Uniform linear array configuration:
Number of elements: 64
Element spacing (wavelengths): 0.75
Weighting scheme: binomial
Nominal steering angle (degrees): -30
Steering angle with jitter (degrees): -28.808
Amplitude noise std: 0.05
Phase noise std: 0.05

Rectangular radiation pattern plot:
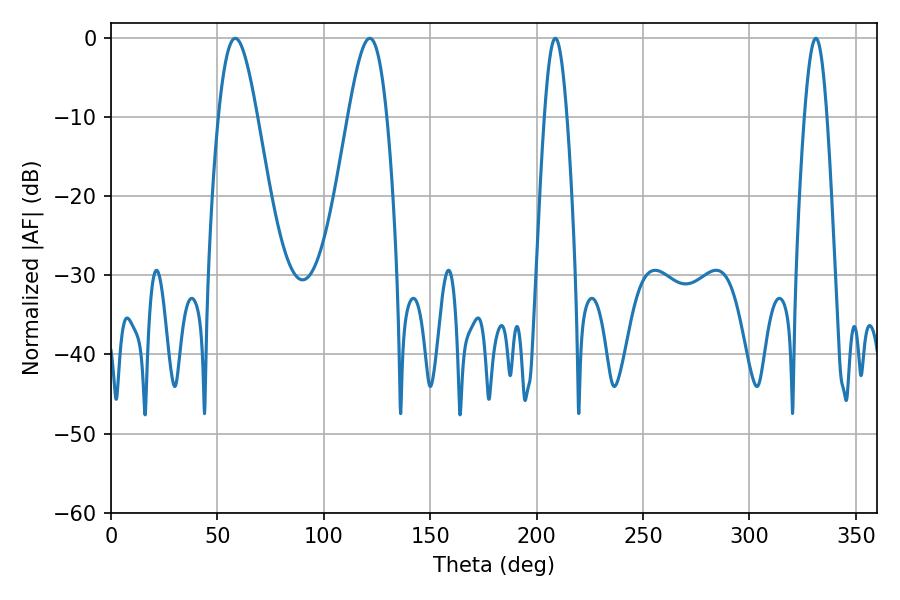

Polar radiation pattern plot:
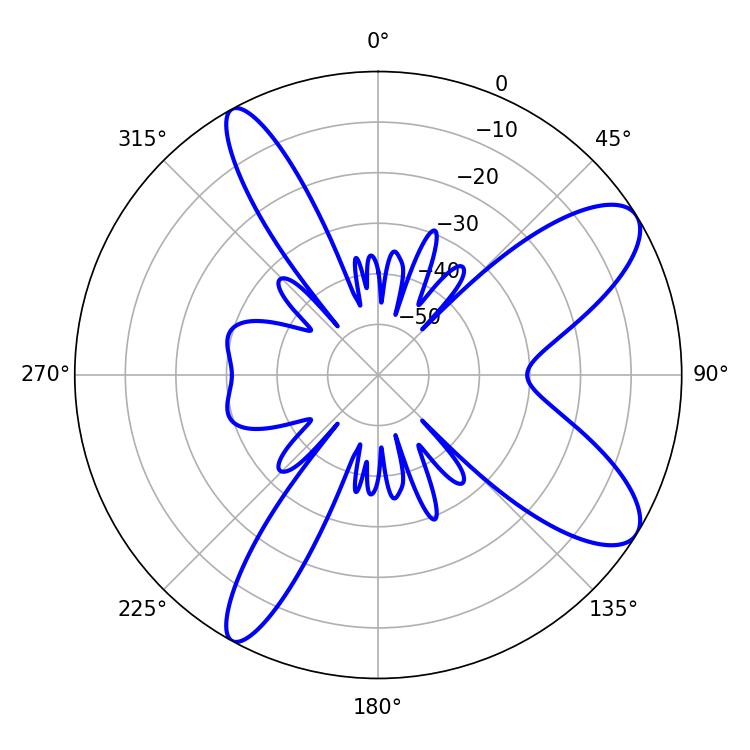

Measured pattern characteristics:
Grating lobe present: TRUE
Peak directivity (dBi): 9.685
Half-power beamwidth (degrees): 5.76
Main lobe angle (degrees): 208.8